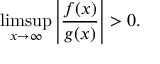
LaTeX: \operatorname* { l i m s u p } _ { x \to \infty } \left| { \frac { f ( x ) } { g ( x ) } } \right| > 0 .